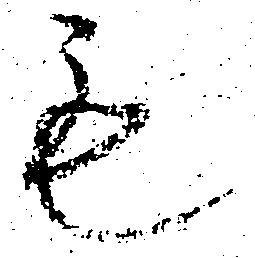
も